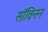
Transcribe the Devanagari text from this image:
सॉविनन